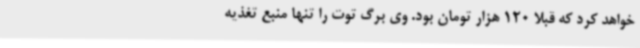
خواهد کرد که قبلا 120 هزار تومان بود. وی برگ توت را تنها منبع تغذیه